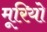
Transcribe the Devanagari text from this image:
मूरियो